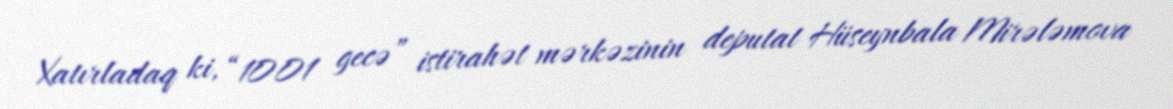
Xatırladaq ki, “1001 gecə” istirahət mərkəzinin deputat Hüseynbala Mirələmova